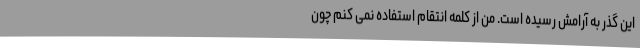
این گذر به آرامش رسیده است. من از کلمه انتقام استفاده نمی کنم چون